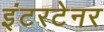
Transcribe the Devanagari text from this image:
इंटरटेनर